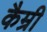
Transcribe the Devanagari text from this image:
कैम्री